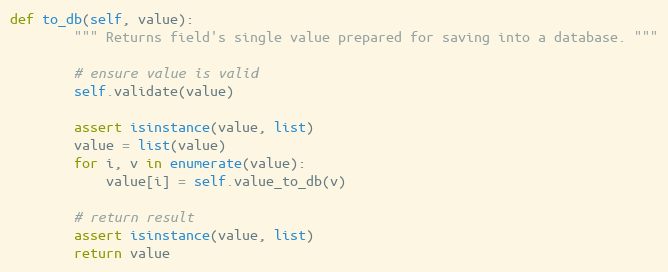
Language: Python
def to_db(self, value):
        """ Returns field's single value prepared for saving into a database. """

        # ensure value is valid
        self.validate(value)

        assert isinstance(value, list)
        value = list(value)
        for i, v in enumerate(value):
            value[i] = self.value_to_db(v)

        # return result
        assert isinstance(value, list)
        return value